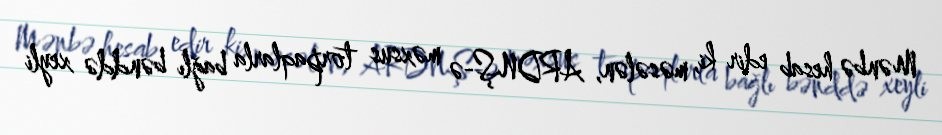
Mənbə hesab edir ki, məsələn, ARDNŞ-ə məxsus torpaqlarla bağlı bənddə xeyli